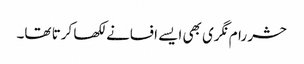
حشر رام نگری بھی ایسے افسانے لکھا کرتا تھا۔